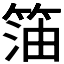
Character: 𱸊